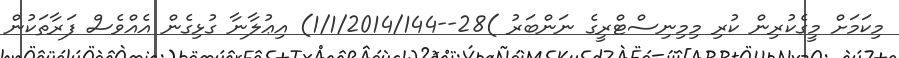
މިކަމަށް މީގެކުރިން ކުރި މިމިނިސްޓްރީގެ ނަންބަރު )28--1/1/2014/144) އިޢުލާނާ ގުޅިގެން އެއްވެސް ފަރާތަކުން